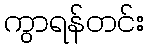
ကွာရန်တင်း